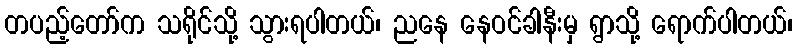
တပည့်တော်က သရိုင်သို့ သွားရပါတယ်၊ ညနေ နေဝင်ခါနီးမှ ရွာသို့ ရောက်ပါတယ်၊